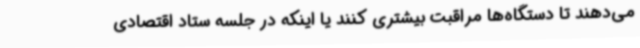
می‌دهند تا دستگاه‌ها مراقبت بیشتری کنند یا اینکه در جلسه ستاد اقتصادی